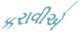
કરાવીએ